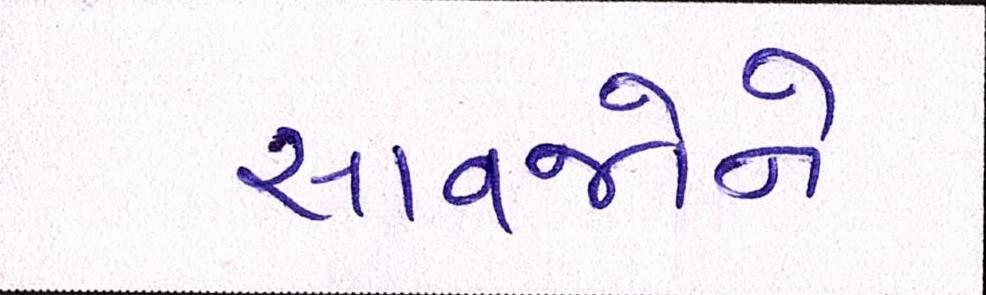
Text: સાવજોને